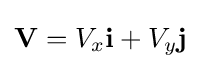
\mathbf {V} =V_{x}{\mathbf {i} }+V_{y}{\mathbf {j} }